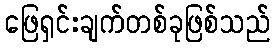
ဖြေရှင်းချက်တစ်ခုဖြစ်သည်